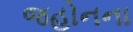
જહોનના